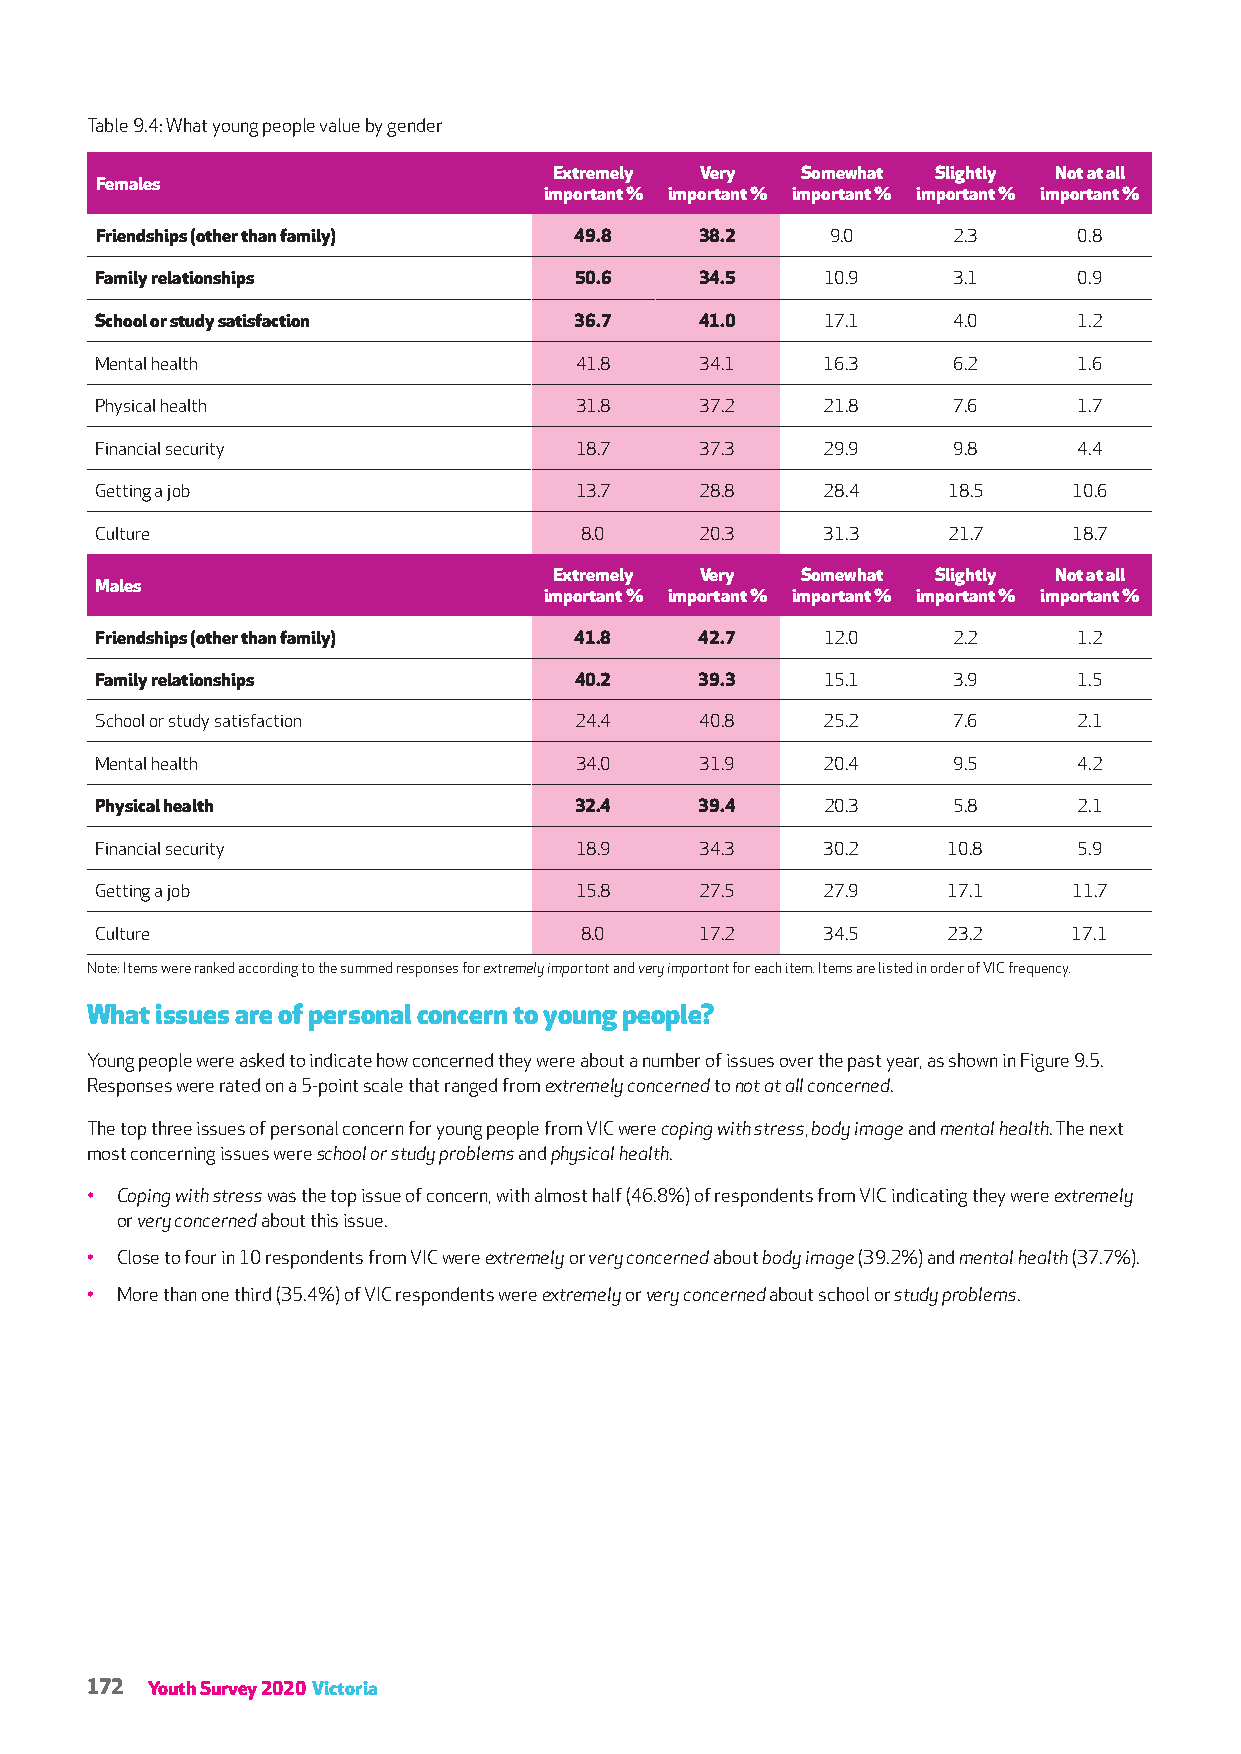
Table 9.4: What young people value by gender
 Extremely Very  Somewhat Slightly Not at all
 Females
 important % important % important % important % important %
 Friendships (other than family) 49.8    38.2     9.0     2.3     0.8
 Family relationships            50.6    34.5     10.9    3.1     0.9
 School or study satisfaction    36.7    41.0     17.1    4.0     1.2
 Mental health                   41.8    34.1     16.3    6.2     1.6
 Physical health                 31.8    37.2     21.8    7.6     1.7
 Financial security              18.7    37.3     29.9    9.8     4.4
 Getting a job                   13.7    28.8     28.4    18.5    10.6
 Culture                         8.0     20.3     31.3    21.7    18.7
 Extremely Very  Somewhat Slightly Not at all
 Males
 important % important % important % important % important %
 Friendships (other than family) 41.8    42.7     12.0    2.2     1.2
 Family relationships            40.2    39.3     15.1    3.9     1.5
 School or study satisfaction    24.4    40.8     25.2    7.6     2.1
 Mental health                   34.0    31.9     20.4    9.5     4.2
 Physical health                 32.4    39.4     20.3    5.8     2.1
 Financial security              18.9    34.3     30.2    10.8    5.9
 Getting a job                   15.8    27.5     27.9    17.1    11.7
 Culture                         8.0     17.2     34.5    23.2    17.1
 Note: Items were ranked according to the summed responses for extremely important and very important for each item. Items are listed in order of VIC frequency.
 What issues are of personal concern to young people?
 Young people were asked to indicate how concerned they were about a number of issues over the past year, as shown in Figure 9.5.
 Responses were rated on a 5-point scale that ranged from extremely concerned to not at all concerned.
 The top three issues of personal concern for young people from VIC were coping with stress, body image and mental health. The next
 most concerning issues were school or study problems and physical health.
 • Coping with stress was the top issue of concern, with almost half (46.8%) of respondents from VIC indicating they were extremely
 or very concerned about this issue.
 • Close to four in 10 respondents from VIC were extremely or very concerned about body image (39.2%) and mental health (37.7%).
 • More than one third (35.4%) of VIC respondents were extremely or very concerned about school or study problems.
 172 Youth Survey 2020 Victoria